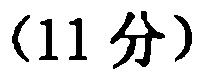
（11 分）